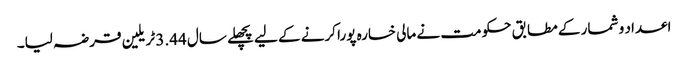
اعداد و شمار کے مطابق حکومت نے مالی خسارہ پورا کرنے کے لیے پچھلے سال 3.44 ٹریلین قرضہ لیا۔